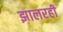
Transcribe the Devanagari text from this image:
झालरही